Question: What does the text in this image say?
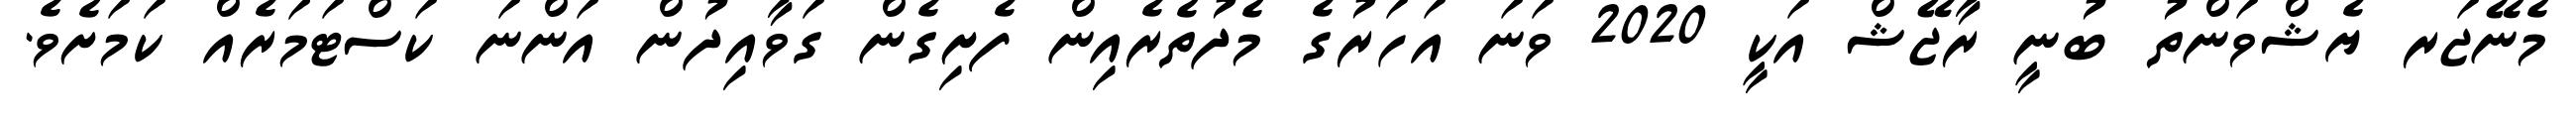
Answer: މެނޭޖަރ ޔެޝްވަންތު ބުނީ ރާޖޭޝް އަކީ 2020 ވަނަ އަހަރުގެ މެދުތެރެއިން ފެށިގެން ގަވާއިދުން އަންނަ ކަސްޓަމަރެއް ކަމަށެވެ.